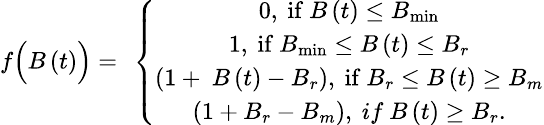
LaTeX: \small f\Bigl(B\left(t\right)\Bigr)=\ \left\{ \begin{array}{c}{0,\ \mathrm{if}\ B\left(t\right)\le B_{\mathrm{min}}}\\ {1,\ \mathrm{if}\ B_{\mathrm{min}}\le B\left(t\right)\le B_{r}}\\ {\left(1+\ B\left(t\right)-B_{r}\right),\ \mathrm{if}\ B_{r}\le B\left(t\right)\ge B_{m}}\\ {\left(1+B_{r}-B_{m}\right),\ if\ B\left(t\right)\ge B_{r}.}\end{array}\right.